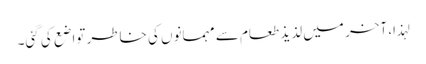
لہذا، آخر میں لذیذ طعام سے مہمانوں کی خاطر تواضع کی گئی۔